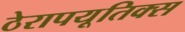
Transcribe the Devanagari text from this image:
ठेरापयूतिक्स